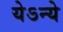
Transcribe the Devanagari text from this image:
येऽन्ये